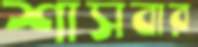
শাসবার